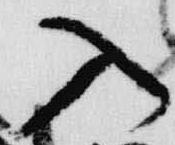
入